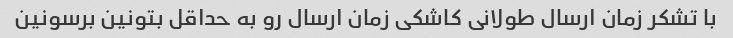
با تشکر زمان ارسال طولانی کاشکی زمان ارسال رو به حداقل بتونین برسونین